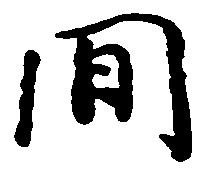
間